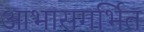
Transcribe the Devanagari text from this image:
आभासगर्भित